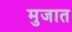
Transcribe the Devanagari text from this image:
मुजात